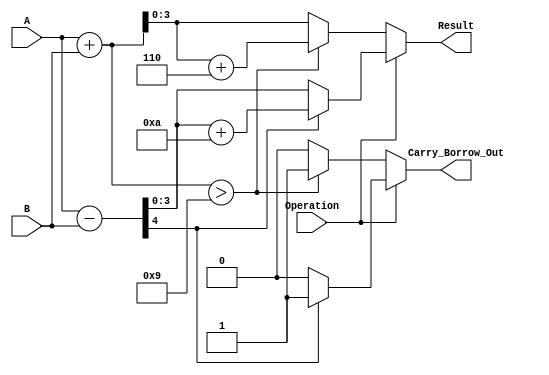
module BCD_Add_Subtracter (
    input  wire [3:0] A,        // First BCD operand (0 to 9)
    input  wire [3:0] B,        // Second BCD operand (0 to 9)
    input  wire Operation,       // 0 for addition, 1 for subtraction
    output reg  [3:0] Result,    // Resulting BCD value
    output reg  Carry_Borrow_Out  // Carry out for addition or borrow for subtraction
);

    wire [4:0] Sum;             // 5 bits to capture carry for addition
    wire [4:0] Difference;       // 5 bits to capture borrow for subtraction
    wire [3:0] AdjustedSum;      // Adjusted result for addition
    wire [3:0] AdjustedDiff;     // Adjusted result for subtraction

    // 4-bit adder for addition
    assign Sum = A + B;

    // 4-bit subtractor for subtraction
    assign Difference = {1'b0, A} - {1'b0, B}; // Extend A to 5 bits for subtraction

    // BCD Adjustment for Addition
    always @(*) begin
        if (Operation == 1'b0) begin // Addition
            if (Sum > 4'b1001) begin
                AdjustedSum = Sum + 4'b0110; // Add 6 if sum exceeds 9
                Carry_Borrow_Out = 1'b1;     // Set carry out
            end else begin
                AdjustedSum = Sum[3:0];       // No adjustment needed
                Carry_Borrow_Out = 1'b0;      // No carry
            end
            Result = AdjustedSum;            // Assign result after adjustment
        end else begin // Subtraction
            if (Difference[4] == 1'b1) begin // Check if the result is negative
                AdjustedDiff = Difference[3:0] + 4'b1010; // Add 10 to make it positive
                Carry_Borrow_Out = 1'b1;      // Set borrow out
            end else begin
                AdjustedDiff = Difference[3:0]; // No adjustment needed
                Carry_Borrow_Out = 1'b0;       // No borrow
            end
            Result = AdjustedDiff;            // Assign result after adjustment
        end
    end

endmodule